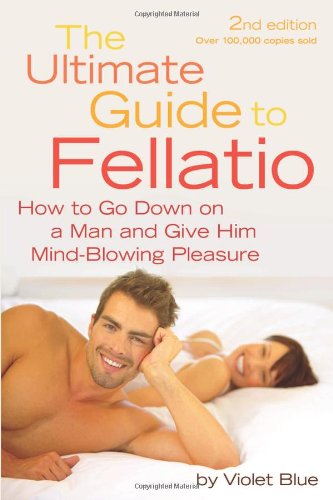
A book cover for The Ultimate Guide to Fellatio: How to Go Down on a Man and Give Him Mind-Blowing Pleasure (Ultimate Guides (Cleis)); Violet Blue; Health, Fitness & Dieting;